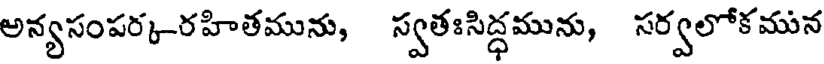
అన్యసంపర్క-రహితమును, స్వతఃసిద్ధమును, సర్వలోకమున